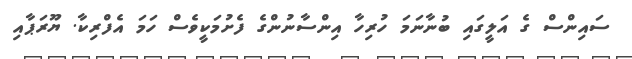
ސައިންސް ގެ އަލީގައި ބުނާނަމަ ހުރިހާ އިންސާނުންގެ ފެށުމަކީވެސް ހަމަ އެފްރިކާ. ޔޫރަޕާއި